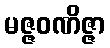
မဇ္ဇဝဏိဇ္ဇာ